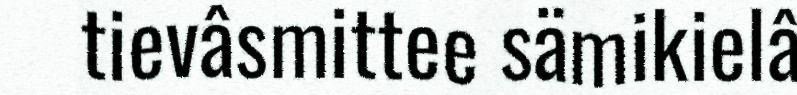
tievâsmittee sämikielâ